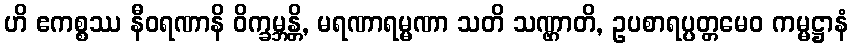
ဟိ ဧကစ္စဿ နီဝရဏာနိ ဝိက္ခမ္ဘန္တိ, မရဏာရမ္မဏာ သတိ သဏ္ဌာတိ, ဥပစာရပ္ပတ္တမေဝ ကမ္မဋ္ဌာနံ